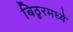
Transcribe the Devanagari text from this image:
बिठूरमध्ये